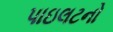
પાઇલટનો